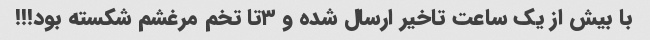
با بیش از یک ساعت تاخیر ارسال شده و ۳تا تخم مرغشم شکسته بود!!!